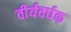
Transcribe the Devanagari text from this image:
वीर्यवर्घक